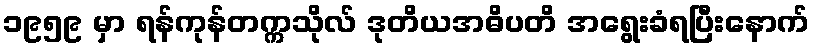
၁၉၅၉ မှာ ရန်ကုန်တက္ကသိုလ် ဒုတိယအဓိပတိ အရွေးခံရပြီးနောက်